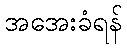
အအေးခံရန်